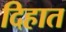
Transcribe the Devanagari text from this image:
दिहात